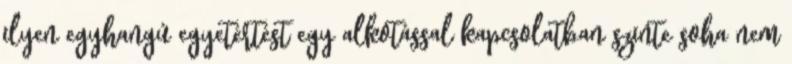
ilyen egyhangú egyetértést egy alkotással kapcsolatban szinte soha nem